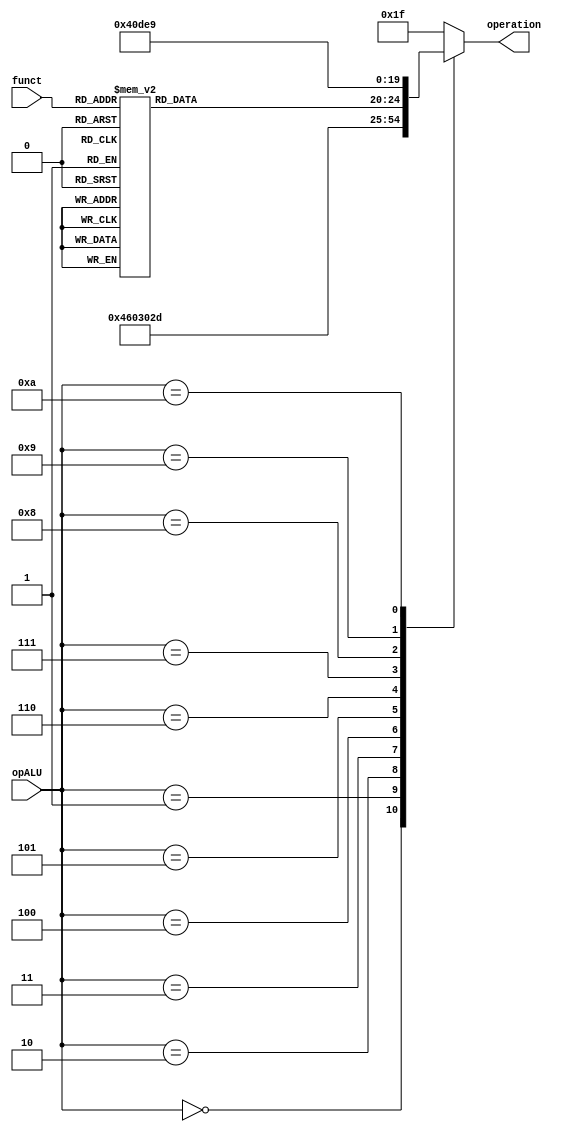
module alu_control(
		input[3:0] opALU,
		input[5:0] funct,
		output reg [4:0] operation
	);
	
	initial begin
		operation = 4'd15; 
	end
	
	always @ (*) begin
		case (opALU)			
			4'b0000:	// Load/Store word -> op: ADD
				operation <= 5'b00010;
			
			4'b0001:	// Branch BEQ -> op: SUB
				operation <= 5'b00110;
				
			4'b0010:	// Default AND
				operation <= 5'b00000;
			
			4'b0011:	// Default NOR
				operation <= 5'b01100;
			
			4'b0100:	// Default OR
				operation <= 5'b00001;
			
			4'b0101:	// Default XOR
				operation <= 5'b01101;
			
			4'b0110:	// Tipo-R -> op: funct
				case (funct)
					6'b10_0000:	// ADD
						operation <= 5'b00010;
					
					6'b10_0001:	// ADDU
						operation <= 5'b00011;
					
					6'b10_0100: // AND
						operation <= 5'b00000;
						
					6'b00_1011:	// MOVN
						operation <= 5'b00100;
					
					6'b10_0111:	// NOR
						operation <= 5'b01100;
					
					6'b10_0101: // OR
						operation <= 5'b00001;
						
					6'b00_0000:	// SLL
						operation <= 5'b00101;

					6'b10_1010: // SLT
						operation <= 5'b01001;
						
					6'b10_1011: // SLTU
						operation <= 5'b01010;
					
					6'b00_0011: // SRA
						operation <= 5'b01110;
					
					6'b00_0111: // SRAV
						operation <= 5'b10000;
					
					6'b00_0010: // SRL
						operation <= 5'b01011;

					6'b10_0010: // SUB
						operation <= 5'b00110;

					6'b10_0011: // SUBU
						operation <= 5'b00111;
					
					6'b10_0110: // XOR
						operation <= 5'b01101;
						
					default:
						operation <= 5'b00010;	// Soma
				endcase

			4'b0111:	// Branch BGEZ/BGEZAL
				operation <= 5'b01000; // Comparacao >= 0
				
			4'b1000:	// ADDU
				operation <= 5'b00011; //Soma sem overflow
				
			4'b1001: // LUI
				operation <= 5'b01111;
				
			4'b1010:	// SLTI
				operation <= 5'b01001;

			/* DEFAULT */
			default:
				operation <= 5'b11111;	// NO OP
		endcase	
	end	
endmodule